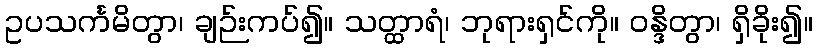
ဥပသင်္ကမိတွာ၊ ချဉ်းကပ်၍။ သတ္ထာရံ၊ ဘုရားရှင်ကို။ ဝန္ဒိတွာ၊ ရှိခိုး၍။